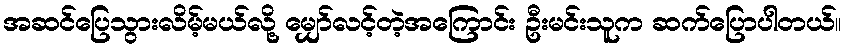
အဆင်ပြေသွားလိမ့်မယ်လို့ မျှော်လင့်တဲ့အကြောင်း ဦးမင်းသူက ဆက်ပြောပါတယ်။